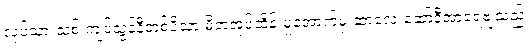
လုပ်သားသစ် ကျပ်သွန်နီတစ်ပိသာ မိဘအုပ်ထိန်းမှုအောက်မှ ဆာလေ ဆော်ဒီအာရေဗျသည်